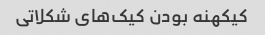
کیکهنه بودن کیک‌های شکلاتی